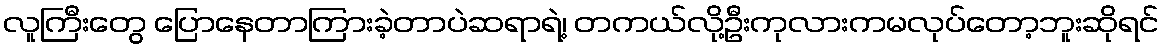
လူကြီးတွေ ပြောနေတာကြားခဲ့တာပဲဆရာရဲ့၊ တကယ်လို့ဦးကုလားကမလုပ်တော့ဘူးဆိုရင်